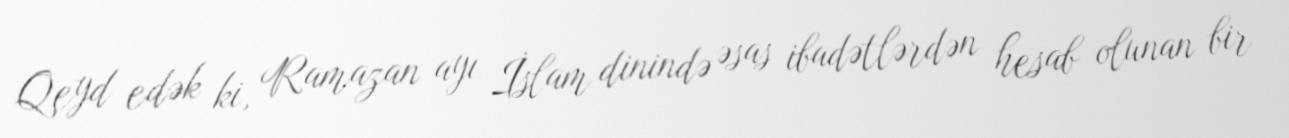
Qeyd edək ki, Ramazan ayı İslam dinində əsas ibadətlərdən hesab olunan bir